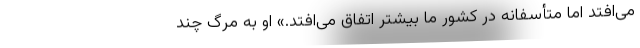
می‌افتد اما متأسفانه در کشور ما بیشتر اتفاق می‌افتد.» او به مرگ چند